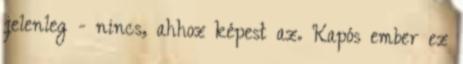
jelenleg - nincs, ahhoz képest az. Kapós ember ez